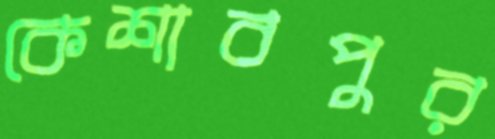
কেশাবপুর